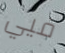
فيي